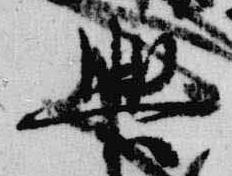
興